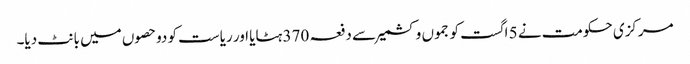
مرکزی حکومت نے 5 اگست کو جموں وکشمیر سے دفعہ 370 ہٹایا اور ریاست کو دوحصوں میں بانٹ دیا۔